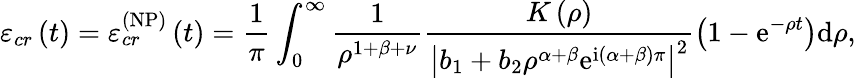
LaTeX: \varepsilon_{cr}\left(t\right)=\varepsilon_{cr}^{\left(\mathrm{NP}\right)}\left(t\right)=\frac{1}{\pi}\int_{0}^{\infty}\frac{1}{\rho^{1+\beta+\nu}}\frac{K\left(\rho\right)}{\left\vert b_{1}+b_{2}\rho^{\alpha+\beta}\mathrm{e}^{\mathrm{i}\left(\alpha+\beta\right)\pi}\right\vert^{2}}\left(1-\mathrm{e}^{-\rho t}\right)\mathrm{d}\rho,